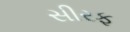
સીરફ